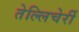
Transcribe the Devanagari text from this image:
तेल्लिचेर्री